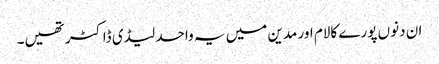
ان دنوں پورے کالام اور مدین میں یہ واحد لیڈی ڈاکٹر تھیں۔